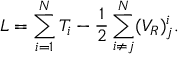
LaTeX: L = \sum _ { i = 1 } ^ { N } T _ { i } - { \frac { 1 } { 2 } } \sum _ { i \neq j } ^ { N } ( V _ { R } ) _ { j } ^ { i } .